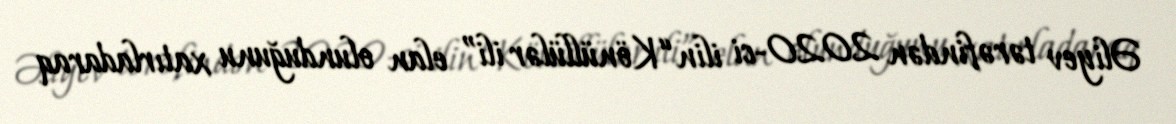
Əliyev tərəfindən 2020-ci ilin “Könüllülər ili” elan olunduğunu xatırladaraq